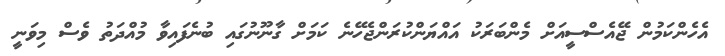
އެހެންކަމުން ޖޭއެސްސީއަށް މެންބަރަކު އައްޔަންކުރަންޖެހޭނެ ކަމަށް ގާނޫނުގައި ބުނެފައިވާ މުއްދަތު ވެސް މިވަނީ